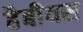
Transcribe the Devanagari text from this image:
हैबीयस